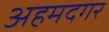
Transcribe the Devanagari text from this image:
अहमदगर